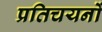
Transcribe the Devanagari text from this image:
प्रतिचयनों